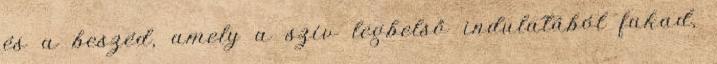
és a beszéd, amely a szív legbelső indulatából fakad,